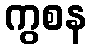
ကွစန